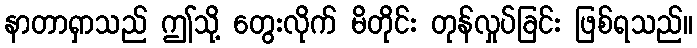
နာတာရှာသည် ဤသို့ တွေးလိုက် မိတိုင်း တုန်လှုပ်ခြင်း ဖြစ်ရသည်။